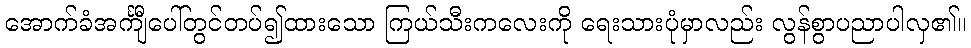
အောက်ခံအင်္ကျီပေါ်တွင်တပ်၍ထားသော ကြယ်သီးကလေးကို ရေးသားပုံမှာလည်း လွန်စွာပညာပါလှ၏။